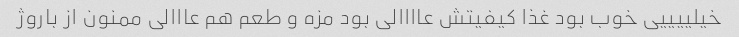
خیلییییی خوب بود غذا کیفیتش عاااالی بود مزه و طعم هم عااالی ممنون از باروژ